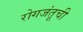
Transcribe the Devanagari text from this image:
रोगजंतूची